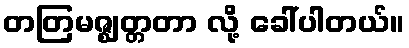
တတြမဇ္ဈတ္တတာ လို့ ခေါ်ပါတယ်။